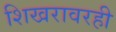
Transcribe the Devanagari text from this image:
शिखरावरही